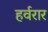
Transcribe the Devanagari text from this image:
हर्वरार